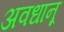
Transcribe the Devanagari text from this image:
अवधानू